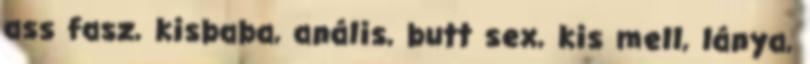
ass fasz, kisbaba, anális, butt sex, kis mell, lánya,